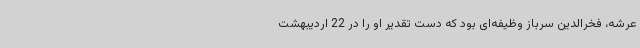
عرشه، فخر‌الدین سرباز وظیفه‌ای بود که دست تقدیر او را در 22 اردیبهشت